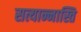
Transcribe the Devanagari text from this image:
सत्यान्नास्ति